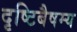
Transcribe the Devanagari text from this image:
दृष्टिबैषम्य